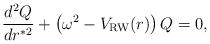
LaTeX: \begin{align*}{{d^2 Q} \over { d {r^*}^2}} + \left ( \omega^2 - V_{\rm RW}(r) \right ) Q =0,\end{align*}